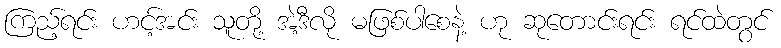
ကြည့်ရင်း ဟင့်အင်း သူတို့ အဲ့ဒီလို မဖြစ်ပါစေနဲ့ ဟု ဆုတောင်းရင်း ရင်ထဲတွင်